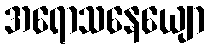
အရောသနေယျော